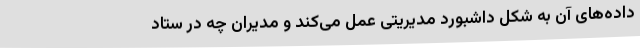
داده‌های آن به شکل داشبورد مدیریتی عمل می‌کند و مدیران چه در ستاد